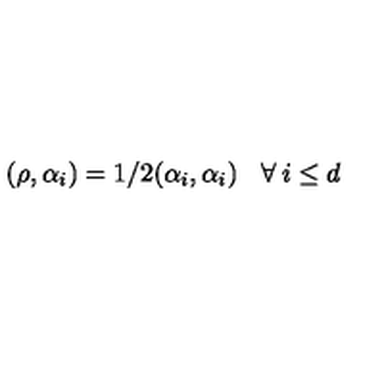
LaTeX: ( \rho , \alpha _ { i } ) = 1 / 2 ( \alpha _ { i } , \alpha _ { i } ) \: \: \: \: \forall \: i \leq d